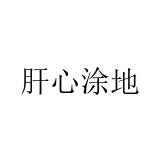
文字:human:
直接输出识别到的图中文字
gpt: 肝心涂地